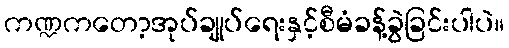
ကဏ္ဍကတော့အုပ်ချုပ်ရေးနှင့်စီမံခန့်ခွဲခြင်းပါပဲ။